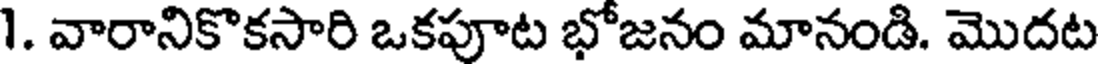
1. వారానికొకసారి ఒకపూట భోజనం మానండి. మొదట